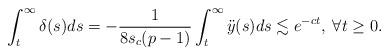
LaTeX: \begin{align*}\int_t^\infty \delta(s) ds = -\frac{1}{8 s_c (p-1)} \int_t^\infty \ddot{y}(s) ds \lesssim e^{-ct}, \; \forall t\ge 0.\end{align*}